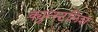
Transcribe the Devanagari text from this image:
क्युन्स्टलिश